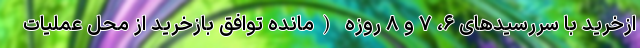
ازخرید با سررسیدهای ۶، ۷ و ۸ روزه (مانده توافق بازخرید از محل عملیات